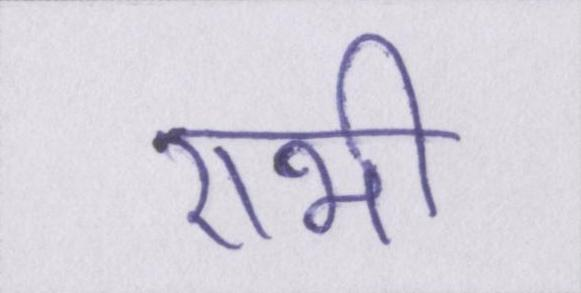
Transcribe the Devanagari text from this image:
राभी